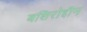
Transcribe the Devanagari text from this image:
बशिरोद्दीन